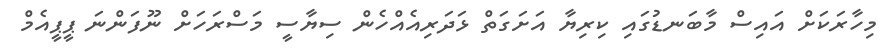
މިހާރަކަށް އައިސް މާބަނޑުގައި ކިރިޔާ އަށަގަތް ޅަދަރިއެއްހެން ސިޔާސީ މަސްރަހަށް ނޫފަންނަ ޕީޕީއެމް